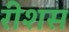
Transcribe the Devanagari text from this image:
रीशस